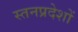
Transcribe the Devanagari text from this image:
स्तनप्रदेशों